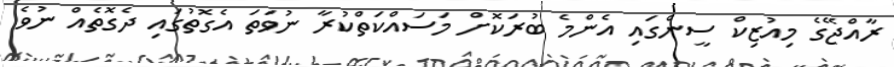
ރާއްޖޭގެ މިއުޒިކް ސީންގައި އެންމެ ބުރަކޮށް މަސައްކަތްކުރާ ނުވަތަ އެގޮތުގައި ދެގޮތެއް ނުވެ